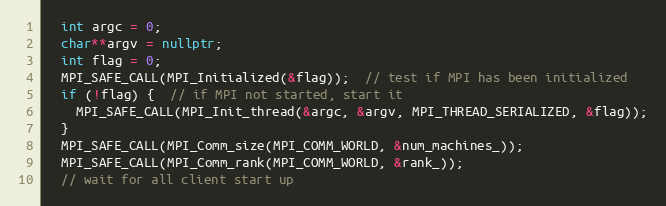
Language: C++
  int argc = 0;
  char**argv = nullptr;
  int flag = 0;
  MPI_SAFE_CALL(MPI_Initialized(&flag));  // test if MPI has been initialized
  if (!flag) {  // if MPI not started, start it
    MPI_SAFE_CALL(MPI_Init_thread(&argc, &argv, MPI_THREAD_SERIALIZED, &flag));
  }
  MPI_SAFE_CALL(MPI_Comm_size(MPI_COMM_WORLD, &num_machines_));
  MPI_SAFE_CALL(MPI_Comm_rank(MPI_COMM_WORLD, &rank_));
  // wait for all client start up